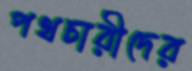
পথচারীদের